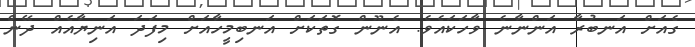
ގެއަށް އަނބުރާ އަންނާނެ ވާހަކައެވެ. އެނޫން ގޮތަކަށް އަނބިމީހާއަށް މިފަދަ އަނިޔާއެއް ދޭން